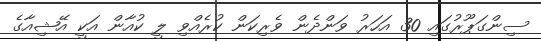
ސިންގަޕޫރުގައި 30 އަހަރު ވަންދެން ވެރިކަން ކުރެއްވި ލީ ކުއާން އަކީ އޭޝިއާގެ